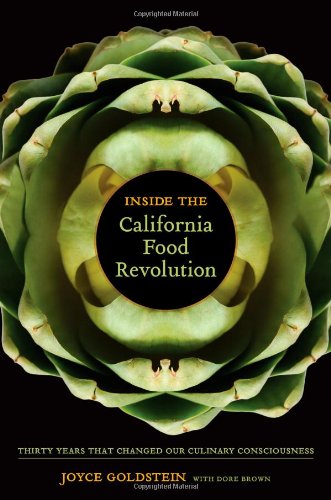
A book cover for Inside the California Food Revolution: Thirty Years That Changed Our Culinary Consciousness (California Studies in Food and Culture); Joyce Goldstein; Cookbooks, Food & Wine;